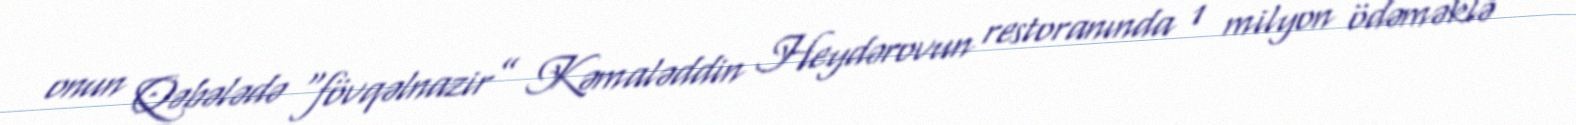
onun Qəbələdə “fövqəlnazir” Kəmaləddin Heydərovun restoranında 1 milyon ödəməklə